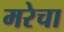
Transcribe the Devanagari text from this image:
मरेचा